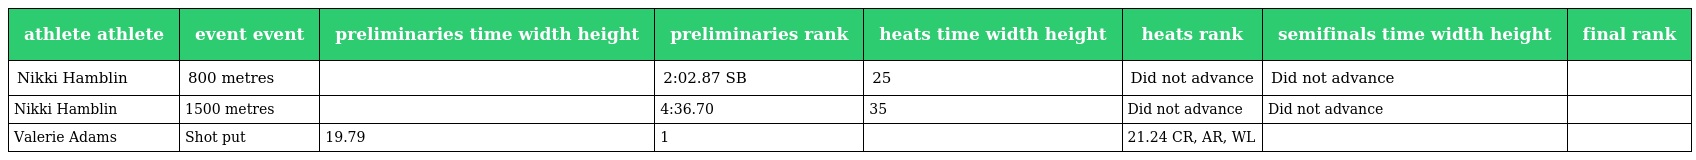
| athlete athlete | event event | preliminaries time width height | preliminaries rank | heats time width height | heats rank | semifinals time width height | final rank |
 | --- | --- | --- | --- | --- | --- | --- | --- |
 | Nikki Hamblin | 800 metres |  | 2:02.87 SB | 25 | Did not advance | Did not advance |  |
 | Nikki Hamblin | 1500 metres |  | 4:36.70 | 35 | Did not advance | Did not advance |  |
 | Valerie Adams | Shot put | 19.79 | 1 |  | 21.24 CR, AR, WL |  |  |